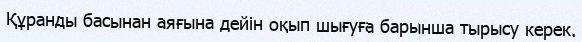
Құранды басынан аяғына дейін оқып шығуға барынша тырысу керек.